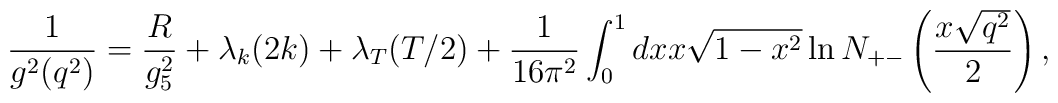
{1\over g^2(q^2)}  = {R\over g_5^2}+ \lambda_k(2k) + \lambda_T(T/2) +{1\over 16\pi^2}\int_0^1 dx x \sqrt{1-x^2}\ln N_{+-}\left({x\sqrt{q^2}\over 2}\right),